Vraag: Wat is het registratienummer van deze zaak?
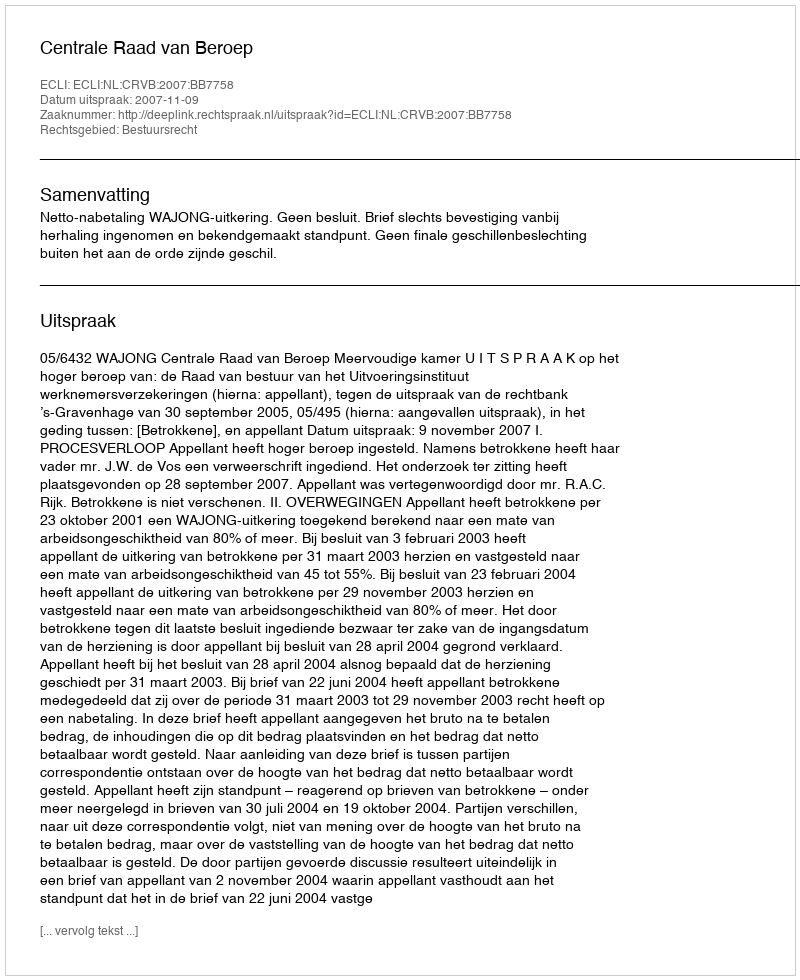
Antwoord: http://deeplink.rechtspraak.nl/uitspraak?id=ECLI:NL:CRVB:2007:BB7758